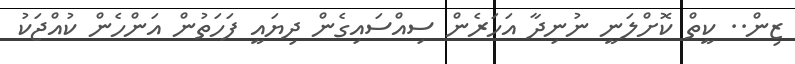
ޒިން.. ކީތް ކޮށްލަނީ ނުނިދާ އަހަރެން ސިއްސައިގެން ދިޔައީ ފަހަތުން އަންހެން ކުއްޖަކު